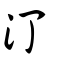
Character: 汀